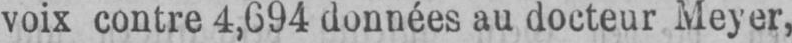
voix contre 4,694 données au docteur Meyer,